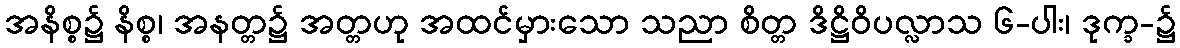
အနိစ္စ၌ နိစ္စ၊ အနတ္တ၌ အတ္တဟု အထင်မှားသော သညာ စိတ္တ ဒိဋ္ဌိဝိပလ္လာသ ၆-ပါး၊ ဒုက္ခ-၌